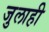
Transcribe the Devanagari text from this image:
जुलाही